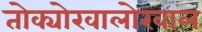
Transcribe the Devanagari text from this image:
तोक्योखालोखाल